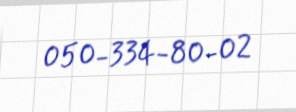
050-334-80-02